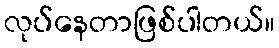
လုပ်နေတာဖြစ်ပါတယ်။